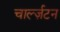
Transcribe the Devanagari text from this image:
चार्ल्ज़टन